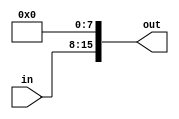
`timescale 1ns / 1ps
//////////////////////////////////////////////////////////////////////////////////
// Company: 
// Engineer: 
// 
// Design Name: 
// Module Name:    eight_leftshift 
// Project Name: 
// Target Devices: 
// Tool versions: 
// Description: 
//
// Dependencies: 
//
// Revision: 
// Revision 0.01 - File Created
// Additional Comments: 
//
//////////////////////////////////////////////////////////////////////////////////
module eight_leftshift(
    input [7:0] in,
    output [15:0] out
    );
	 
	assign out = in << 8;

endmodule